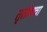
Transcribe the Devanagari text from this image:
तृतीयचा